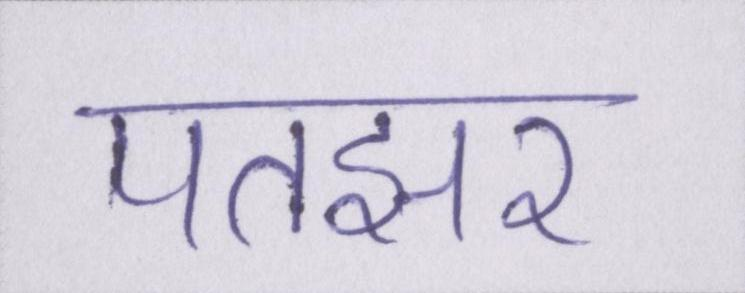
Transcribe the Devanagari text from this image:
पतझर